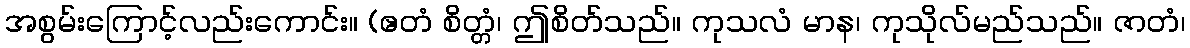
အစွမ်းကြောင့်လည်းကောင်း။ (ဧတံ စိတ္တံ၊ ဤစိတ်သည်။ ကုသလံ မာန၊ ကုသိုလ်မည်သည်။ ဇာတံ၊